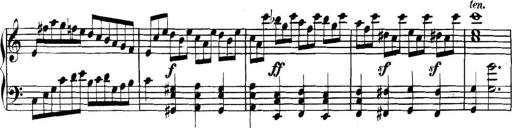
Title: Collected Piano Sonatas
Composer: Muzio Clementi